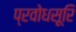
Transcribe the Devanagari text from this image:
प्रवोधसूरि